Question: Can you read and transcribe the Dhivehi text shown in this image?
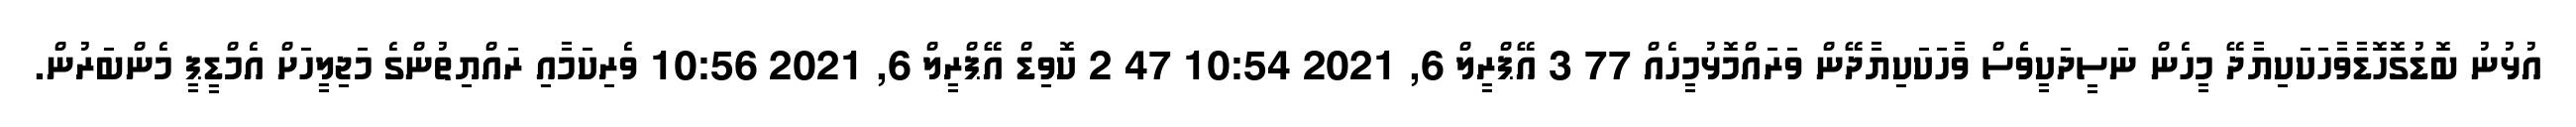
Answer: އުޅުނު ބޮޑުގޮހޮޑާވާހަކަކިޔާދޭ މީހެން ނަސީދަކީވެެސް ވާހަކަކިޔާދޭން ވަރައްމޮޅުމީހެއް 77 3 އޭޕްރީލް 6, 2021 10:54 47 2 ކޮވިޑް އޭޕްރީލް 6, 2021 10:56 ވެރިކަމާއި ރައްޔިތުންގެ މަޖިލީހަށް އެމްޑީޕީ މެންބަރުން.